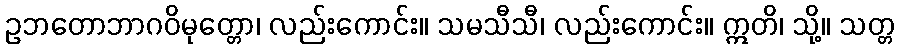
ဥဘတောဘာဂဝိမုတ္တော၊ လည်းကောင်း။ သမသီသီ၊ လည်းကောင်း။ ဣတိ၊ သို့။ သတ္တ